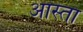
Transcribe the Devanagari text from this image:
आस्ता